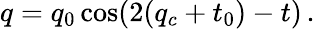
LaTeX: q=q_{0}\cos(2(q_{c}+t_{0})-t)\, .